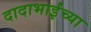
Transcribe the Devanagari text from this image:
दादाभाईंच्या